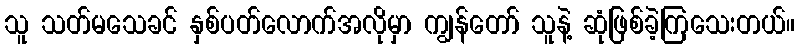
သူ သတ်မသေခင် နှစ်ပတ်လောက်အလိုမှာ ကျွန်တော် သူနဲ့ ဆုံဖြစ်ခဲ့ကြသေးတယ်။